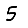
Digit: 5